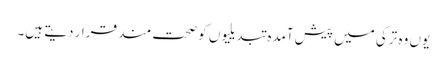
یوں وہ ترکی میں پیش آمدہ تبدیلیوں کو صحت مند قرار دیتے ہیں۔